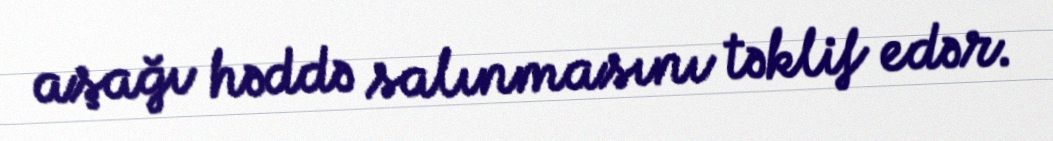
aşağı həddə salınmasını təklif edər.